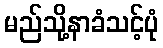
မည်သို့နာခံသင့်ပုံ